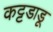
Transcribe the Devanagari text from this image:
कट्टडाडू